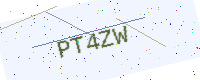
Text: PT4ZW